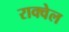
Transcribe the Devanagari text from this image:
राक्वेल